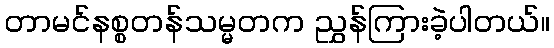
တာမင်နစ္စတန်သမ္မတက ညွှန်ကြားခဲ့ပါတယ်။